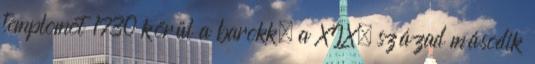
templomot 1730 körül a barokk, a XIX. század második